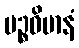
ပဉ္စဝိမာနံ